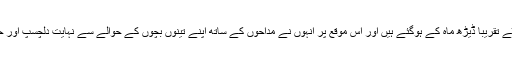
سنی لیون کے دونوں بیٹے تقریباً ڈیڑھ ماہ کے ہوگئے ہیں اور اس موقع پر انہوں نے مداحوں کے ساتھ اپنے تینوں بچوں کے حوالے سے نہایت دلچسپ اور حسین اتفاق شیئر کیا ہے۔